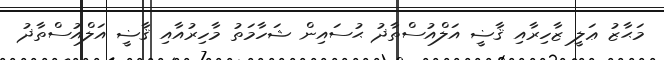
މަޙާޒު ޢަލީ ޒާހިރާއި ޤާޟީ އަލްއުސްތާޛު ޙުސައިން ޝަހާމަތު މާހިރުއާއި ޤާޟީ އަލްއުސްތާޛު